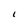
Character: I